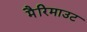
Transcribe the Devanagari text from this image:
मैरिमाउट